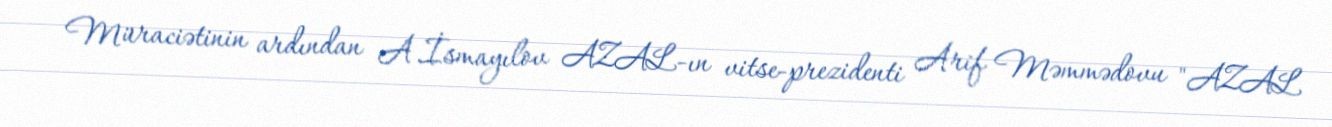
Müraciətinin ardından A.İsmayılov AZAL-ın vitse-prezidenti Arif Məmmədovu "AZAL